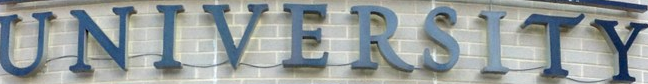
UNIVERSITY